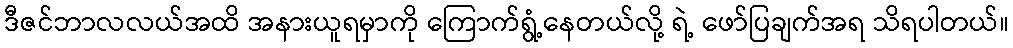
ဒီဇင်ဘာလလယ်အထိ အနားယူရမှာကို ကြောက်ရွံ့နေတယ်လို့ ရဲ့ ဖော်ပြချက်အရ သိရပါတယ်။